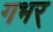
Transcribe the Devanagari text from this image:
गभर्